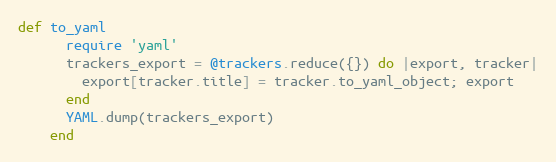
Language: Ruby
def to_yaml
      require 'yaml'
      trackers_export = @trackers.reduce({}) do |export, tracker|
        export[tracker.title] = tracker.to_yaml_object; export
      end
      YAML.dump(trackers_export)
    end